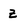
Character: z